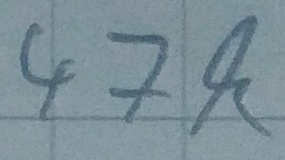
Text: 47k